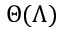
\Theta ( \Lambda )